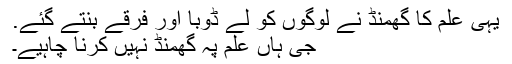
یہی علم کا گهمنڈ نے لوگوں کو لے ڈوبا اور فرقے بنتے گئے.
جی ہاں علم پہ گھمنڈ نہیں کرنا چاہیے۔